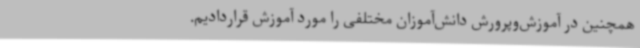
همچنین در آموزش‌وپرورش دانش‌آموزان مختلفی را مورد آموزش قراردادیم.